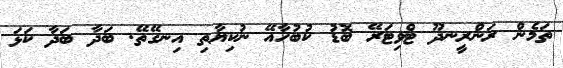
ތަމެން ރަންރީނދޫ ޓްވިޓަރޭ ބޮޑު ކުބުހާއޭ ނުކިޔާތި އިނގޭތޭ. ބަދާ ބަދާ ކަޅަ